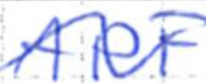
Text: APF
Cross-out: wave
Writing tool: ballpoint